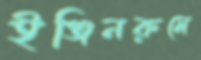
ইঞ্জিনরুমে